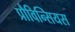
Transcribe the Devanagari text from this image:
प्रौविन्सियस